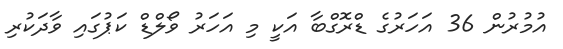
އުމުރުން 36 އަހަރުގެ ޑްރޮގްބާ އަކީ މި އަހަރު ވޯލްޑް ކަޕުގައި ވާދަކުރި